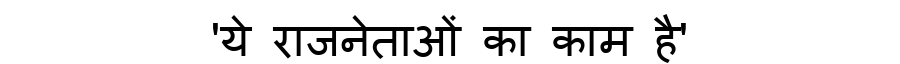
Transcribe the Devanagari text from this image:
'ये राजनेताओं का काम है'